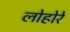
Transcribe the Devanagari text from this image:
लोहोरे